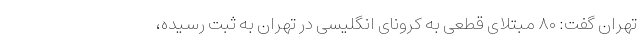
تهران گفت: ۸۰ مبتلای قطعی به کرونای انگلیسی در تهران به ثبت رسیده،